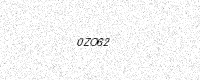
Text: 0ZO62